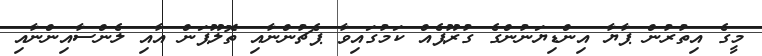
މީގެ އިތުރުން ޕާޔާ އިންޑިޔަނުންގެ ގުރޫޕެއް ކަމުގައިވާ ޕެޗުންނާއި ތޮލޫޕަން އާއި ލެންސާއިންނާއި